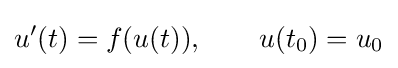
u'(t)=f(u(t)),\qquad u(t_{0})=u_{0}